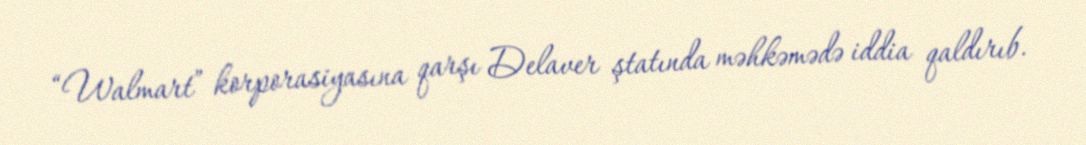
“Walmart” korporasiyasına qarşı Delaver ştatında məhkəmədə iddia qaldırıb.